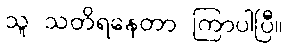
သူ သတိရနေတာ ကြာပါပြီ။